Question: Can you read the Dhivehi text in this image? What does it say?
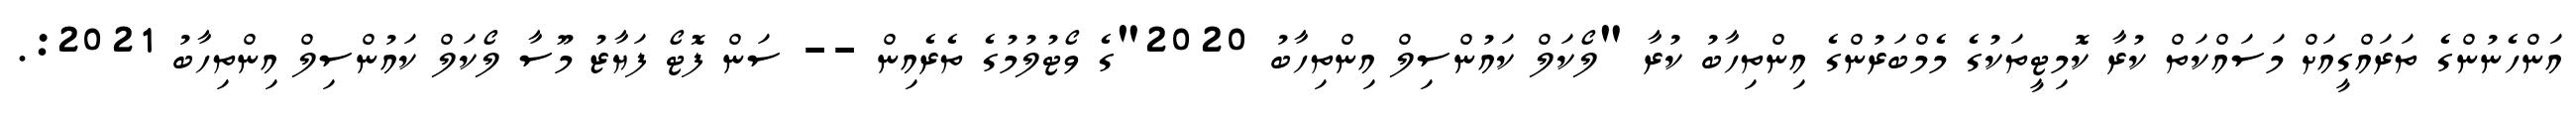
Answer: އަންހެނުންގެ ތަރައްގީއަށް މަސައްކަތް ކުރާ ކޮމިޓީތަކުގެ މެމްބަރުންގެ އިންތިހާބު ކުރާ "ލޯކަލް ކައުންސިލް އިންތިހާބު 2020"ގެ ވޯޓުލުމުގެ ތެރެއިން -- ސަން ފޮޓޯ ފަޔާޒު މޫސާ ލޯކަލް ކައުންސިލް އިންތިހާބު 2021:.